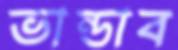
ভান্ডাব